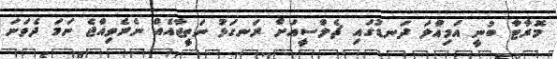
މޮރާޓާ ބުނީ އަމިއްލަ ދަނޑުގައި ޗެލްސީއަށް ރަނގަޅު ނަތީޖާއެއް ނެރެވިއްޖެ ނަމަ ދެވަނަ